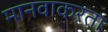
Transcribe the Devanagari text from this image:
मानवाकरता